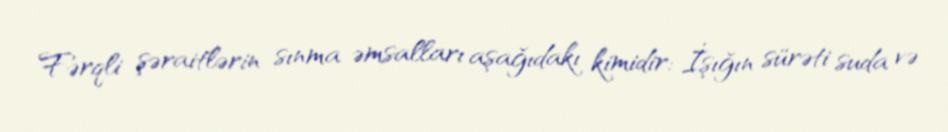
Fərqli şəraitlərin sınma əmsalları aşağıdakı kimidir: İşığın sürəti suda və